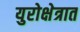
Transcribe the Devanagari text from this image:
युरोक्षेत्रात